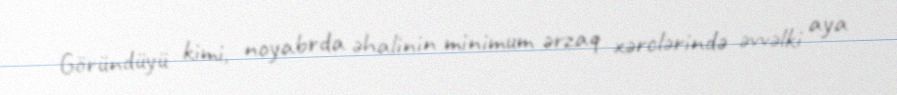
Göründüyü kimi, noyabrda əhalinin minimum ərzaq xərclərində əvvəlki aya